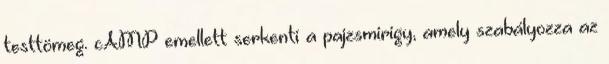
testtömeg. cAMP emellett serkenti a pajzsmirigy, amely szabályozza az